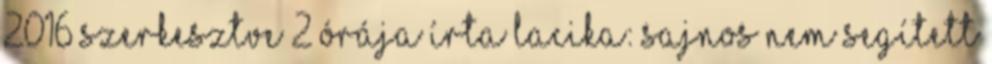
2016 szerkesztve 2 órája írta Lacika: Sajnos nem segített